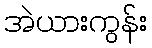
အဲယားကွန်း